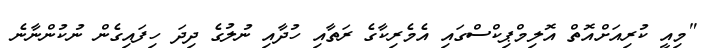
"މިއީ ކުރިއަށްއޮތް އޮލިމްޕިކްސްގައި އެމެރިކާގެ ރަތާއި ހުދާއި ނުލުގެ ދިދަ ހިފައިގެން ނުކުންނާނެ